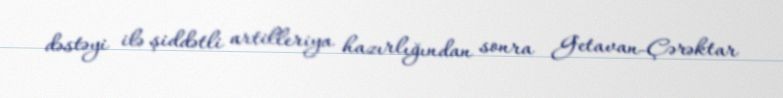
dəstəyi ilə şiddətli artilleriya hazırlığından sonra Getavan-Çərəktar